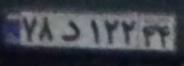
۷۸د۱۲۲۴۴